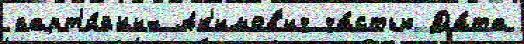
парт'и́йных Ак'имов'ич ча́стью Да́та